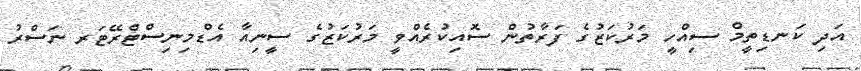
އަދި ކަނޑިތީމް ސިއްހީ މަރުކަޒުގެ ފަރާތުން ސޮއިކުރެއްވީ މަރުކަޒުގެ ސީނިއާ އެޑްމިނިސްޓްރޭޓަރ ނަސްރު